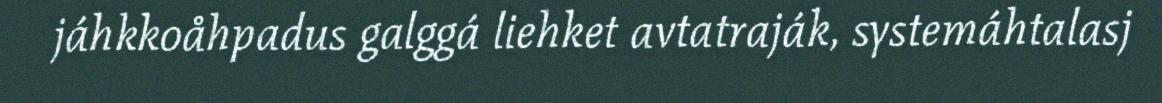
jáhkkoåhpadus galggá liehket avtatraják, systemáhtalasj